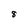
Character: 8